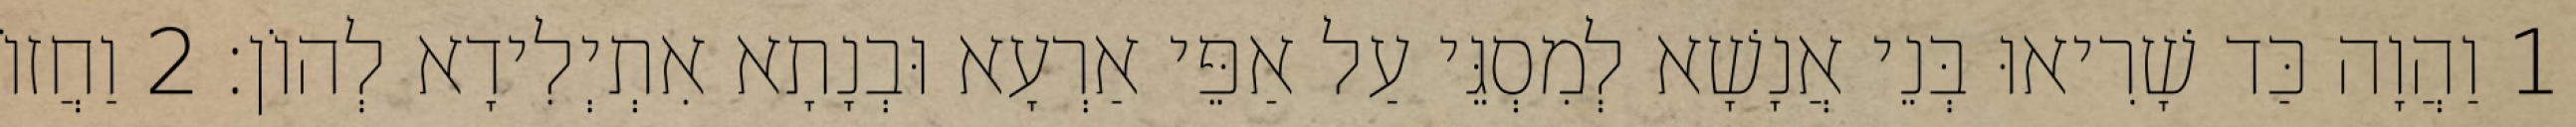
1 וַהֲוָה כַּד שָׁרִיאוּ בְּנֵי אֲנָשָׁא לְמִסְגֵּי עַל אַפֵּי אַרְעָא וּבְנָתָא אִתְיְלִידָא לְהוֹן׃ 2 וַחֲזוֹ